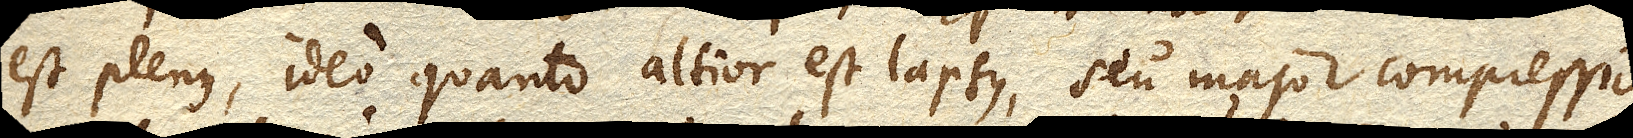
est plenus, ideo quanto altior est lapsus, seu major compressio